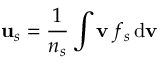
\mathbf { u } _ { s } = \frac { 1 } { n _ { s } } \int \mathbf { v } \, f _ { s } \, \mathrm { d } \mathbf { v }